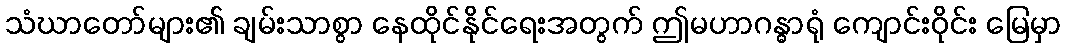
သံဃာတော်များ၏ ချမ်းသာစွာ နေထိုင်နိုင်ရေးအတွက် ဤမဟာဂန္ဓာရုံ ကျောင်းဝိုင်း မြေမှာ